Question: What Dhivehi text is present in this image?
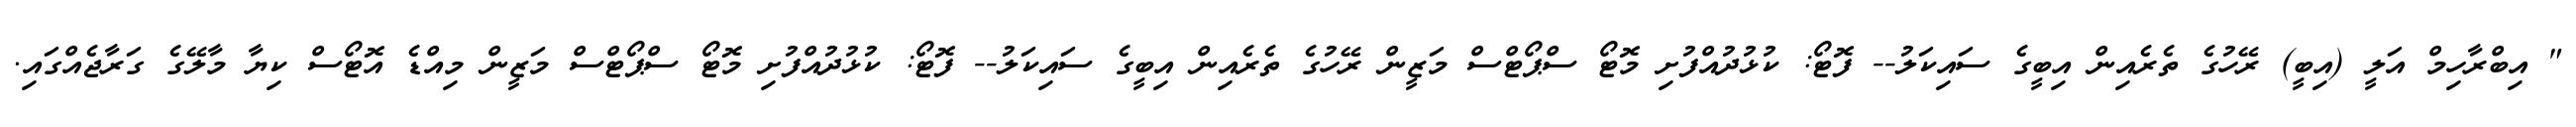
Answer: " އިބްރާހިމް އަލީ (އިބީ) ރޭހުގެ ތެރެއިން އިބީގެ ސައިކަލު-- ފޮޓޯ: ކުޅުދުއްފުށި މޮޓޯ ސްޕޯޓްސް މަޒީން ރޭހުގެ ތެރެއިން އިބީގެ ސައިކަލު-- ފޮޓޯ: ކުޅުދުއްފުށި މޮޓޯ ސްޕޯޓްސް މަޒީން މިއްޑެ އޮޓޯސް ކިޔާ މާލޭގެ ގަރާޖެއްގައި.